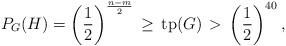
LaTeX: \begin{align*}P_G(H) = \left(\frac{1}{2}\right)^{\frac{n-m}{2}} \,\geq \,\mathrm{tp}(G) \,>\, \left(\frac{1}{2}\right)^{40},\end{align*}